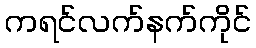
ကရင်လက်နက်ကိုင်